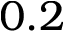
0 . 2